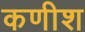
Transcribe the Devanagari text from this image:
कणीश